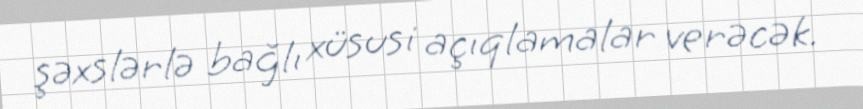
şəxslərlə bağlı xüsusi açıqlamalar verəcək.